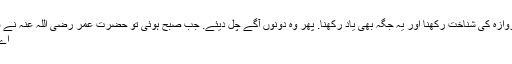
اس دروازہ کی شناخت رکھنا اور یہ جگہ بھی یاد رکھنا. پھر وہ دونوں آگے چل دیئے. جب صبح ہوئی تو حضرت عمر رضی اللہ عنہ نے فرمایا
اے اسلم!